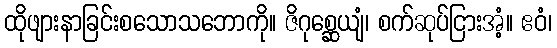
ထိုဖျားနာခြင်းစသောသဘောကို။ ဇိဂုစ္ဆေယျံ၊ စက်ဆုပ်ငြားအံ့။ ဧဝံ၊